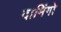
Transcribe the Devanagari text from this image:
दामिंगो